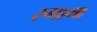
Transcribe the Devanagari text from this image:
रगामा